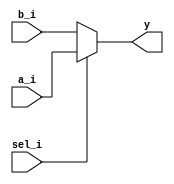
`timescale 1ns / 1ps
//////////////////////////////////////////////////////////////////////////////////
// Company: 
// Engineer: 
// 
// Design Name: 
// Module Name: mux_day1
// Project Name: 
// Target Devices: 
// Tool Versions: 
// Description: 
// 
// Dependencies: 
// 
// Revision:
// Revision 0.01 - File Created
// Additional Comments:
// 
//////////////////////////////////////////////////////////////////////////////////


module mux_day1(
input wire [31:0] a_i, b_i,
//input wire [3:0] a_i, b_i,
input wire sel_i,
output wire [31:0] y);
//output wire [3:0] y);

assign y = sel_i ? a_i : b_i; //if the value of sel is 1, the output will have the values
                             // of a_i else it will have the value of b_i
endmodule